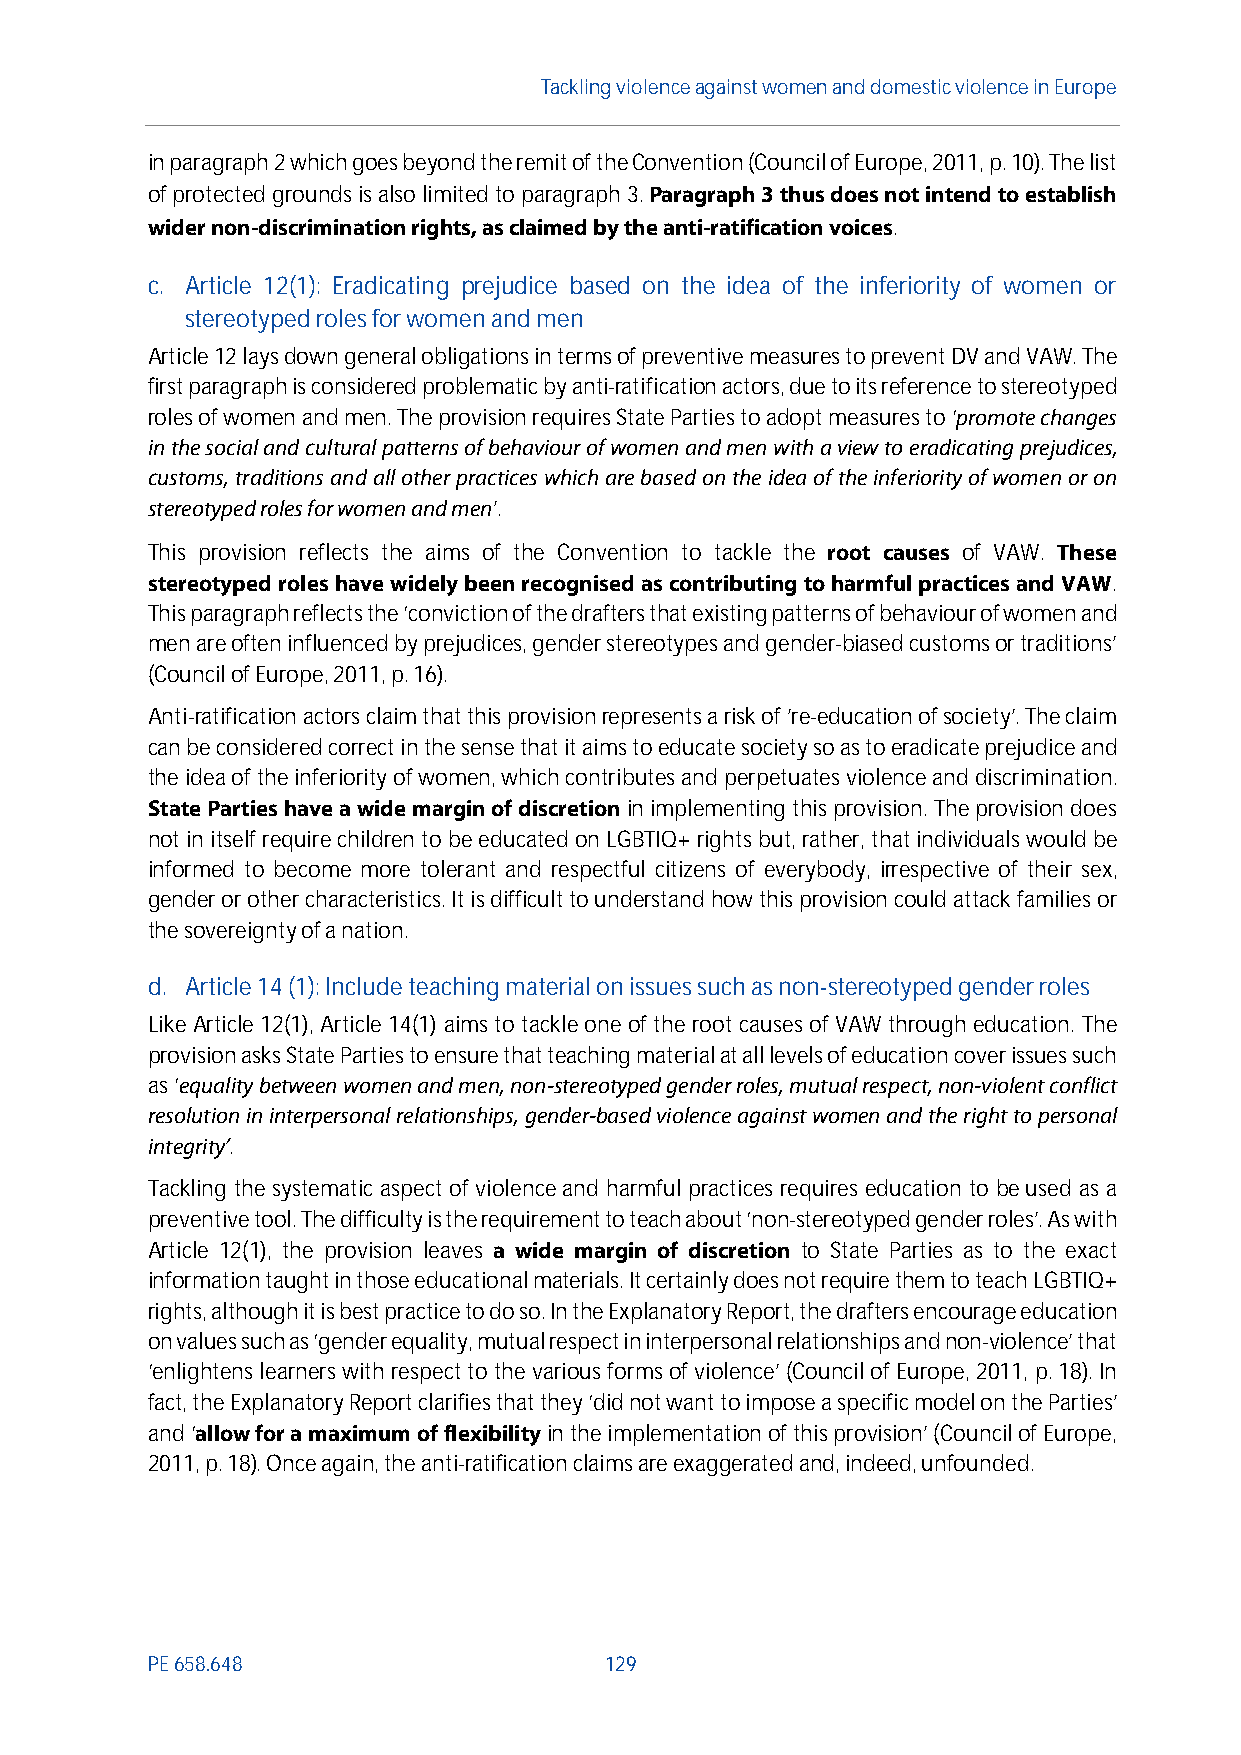
Tackling violenceagainst women and domestic violence in Europe
 in paragraph 2 which goes beyond the remit of theConvention (Council of Europe, 2011, p.10). The list
 of protected grounds is also limited to paragraph 3.Paragraph 3 thus does not intend to establish
 wider non-discrimination rights, as claimed by the anti-ratification voices.
 c. Article 12(1): Eradicating prejudice based on the idea of the inferiority of women or
 stereotyped roles for women and men
 Article 12 lays down general obligations in terms of preventive measures to prevent DV and VAW. The
 first paragraph is considered problematic by anti-ratification actors, due to its reference to stereotyped
 roles of women and men. The provision requires State Parties to adopt measures to ‘promote changes
 in the social and cultural patterns of behaviour of women and men with a view to eradicating prejudices,
 customs, traditions and all other practices which are based on the idea of the inferiority of women or on
 stereotyped roles for women and men’.
 This provision reflects the aims of the Convention to tackle the root causes of VAW. These
 stereotyped roles have widely been recognised as contributing to harmful practices and VAW.
 This paragraph reflects the ‘conviction of the drafters that existing patterns of behaviour of women and
 men are often influenced by prejudices, gender stereotypes and gender-biased customsor traditions’
 (Council of Europe, 2011, p.16).
 Anti-ratification actors claim that this provisionrepresents a risk of 're-education of society'. The claim
 can be considered correct in the sense that it aims to educate society so as to eradicate prejudice and
 the idea of the inferiority of women, which contributes and perpetuates violence and discrimination.
 State Parties have a wide margin of discretionin implementing this provision. The provision does
 not in itself require children to be educated on LGBTIQ+ rights but, rather, that individuals would be
 informed to become more tolerant and respectful citizens of everybody, irrespective of their sex,
 gender or other characteristics. It is difficult to understand how this provision could attack families or
 the sovereignty of a nation.
 d. Article 14 (1): Include teaching material on issues such as non-stereotyped gender roles
 Like Article 12(1), Article 14(1) aims to tackle one of the root causes of VAW through education. The
 provision asks State Parties to ensure that teaching materialat all levels of educationcoverissues such
 as ‘equality between women and men, non-stereotypedgender roles, mutual respect, non-violent conflict
 resolution in interpersonal relationships, gender-based violence against women and the right to personal
 integrity’.
 Tackling the systematic aspect of violence and harmful practices requires education to be used as a
 preventive tool. The difficulty is the requirement to teach about ‘non-stereotyped gender roles’. As with
 Article 12(1), the provision leaves a wide margin of discretion to State Parties as to the exact
 information taught in those educational materials. It certainly does not require them to teach LGBTIQ+
 rights, although it is best practice to do so. In the Explanatory Report, the drafters encourage education
 on values such as ‘gender equality, mutual respect in interpersonal relationships and non-violence’ that
 ‘enlightens learners with respect to the various forms of violence’ (Council of Europe, 2011, p.18). In
 fact, the Explanatory Report clarifies that they ‘did not want to impose a specific model on the Parties’
 and ‘allow for a maximum offlexibilityin the implementation of this provision’ (Council of Europe,
 2011, p.18). Once again, the anti-ratification claims are exaggerated and, indeed, unfounded.
 PE658.648                     129